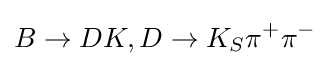
B\to DK,D\to K_{S}\pi ^{+}\pi ^{-}